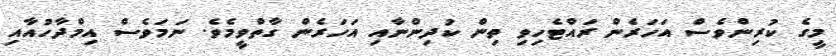
މީގެ ކުރިންވެސް އަހަރެން ރައްޓެހިވި ތިން ކުދިންނާއި އަހަރެން ގާތްވީމެވެ. ނަމަވެސް އިމްދާހުއާއި